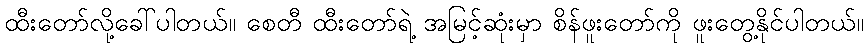
ထီးတော်လို့ခေါ်ပါတယ်။ စေတီ ထီးတော်ရဲ့ အမြင့်ဆုံးမှာ စိန်ဖူးတော်ကို ဖူးတွေ့နိုင်ပါတယ်။